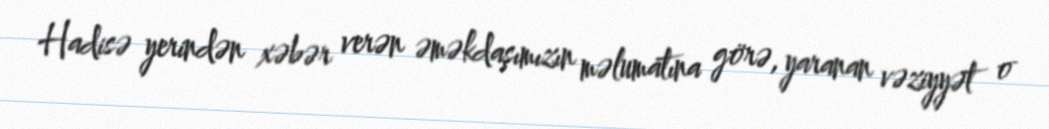
Hadisə yerindən xəbər verən əməkdaşımızın məlumatına görə, yaranan vəziyyət o